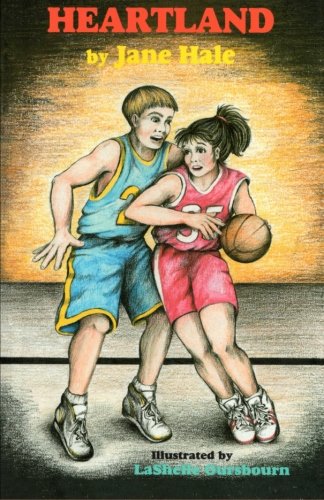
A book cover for Heartland; Jane Hale; Children's Books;